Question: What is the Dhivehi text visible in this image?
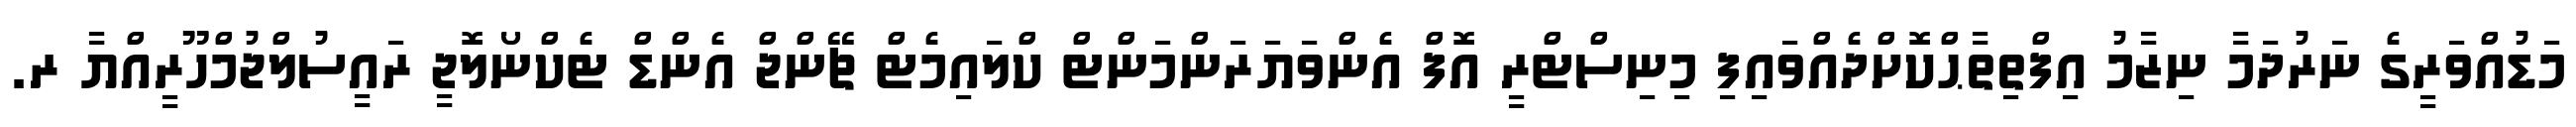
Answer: މަޑުއްވަރީގެ ނަރުދަމާ ނިޒާމު އިފްތިތާޙްކޮށްދެއްވައިފި މިނިސްޓްރީ އޮފް އެންވަޔަރަންމަންޓް ކްލައިމެޓް ޗޭންޖް އެންޑް ޓެކްނޯލޮޖީ ރައީސުލްޖުމްހޫރީއްޔާ ރ.